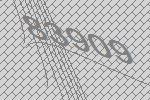
83909